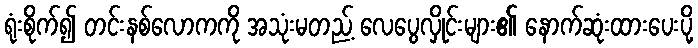
ရုံးစိုက်၍ တင်းနစ်လောကကို အသုံးမတည့် လေပွေလှိုင်းများ၏ နောက်ဆုံးထားပေးပို့